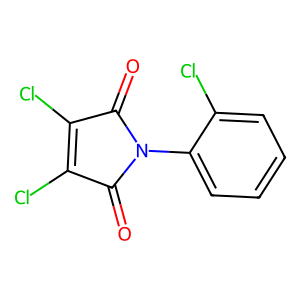
SMILES: O=C1C(Cl)=C(Cl)C(=O)N1c1ccccc1Cl
Inhibits HIV replication: No